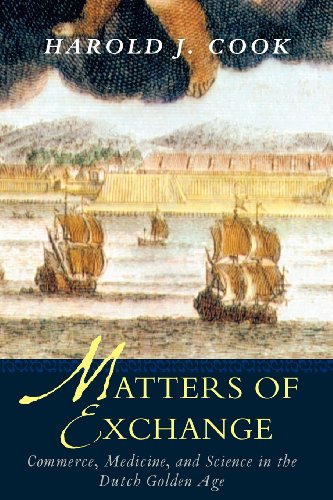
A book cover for Matters of Exchange: Commerce, Medicine, and Science in the Dutch Golden Age; Harold J. Cook; History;